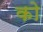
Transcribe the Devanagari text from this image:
को